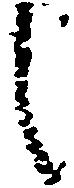
し